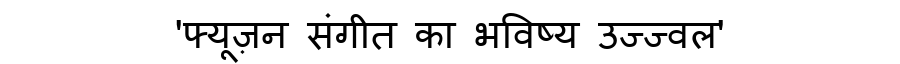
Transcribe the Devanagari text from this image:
'फ्यूज़न संगीत का भविष्य उज्ज्वल'